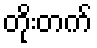
တိုးတက်